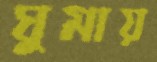
ঘুমায়